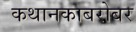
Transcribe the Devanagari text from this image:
कथानकाबरोबर